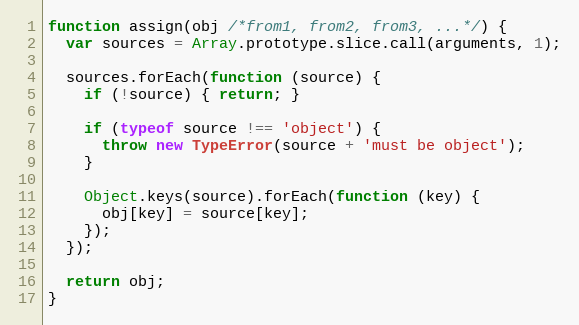
Language: JavaScript
function assign(obj /*from1, from2, from3, ...*/) {
  var sources = Array.prototype.slice.call(arguments, 1);

  sources.forEach(function (source) {
    if (!source) { return; }

    if (typeof source !== 'object') {
      throw new TypeError(source + 'must be object');
    }

    Object.keys(source).forEach(function (key) {
      obj[key] = source[key];
    });
  });

  return obj;
}